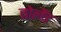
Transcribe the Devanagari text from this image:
तोलैंड